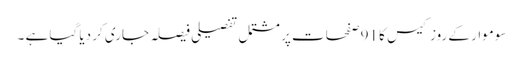
سوموار کے روز کیس کا 91صفحات پر مشتمل تفصیلی فیصلہ جاری کر دیا گیا ہے ۔